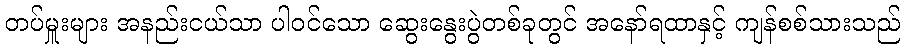
တပ်မှူးများ အနည်းငယ်သာ ပါဝင်သော ဆွေးနွေးပွဲတစ်ခုတွင် အနော်ရထာနှင့် ကျန်စစ်သားသည်